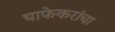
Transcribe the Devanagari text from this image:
चाफेकरांचा